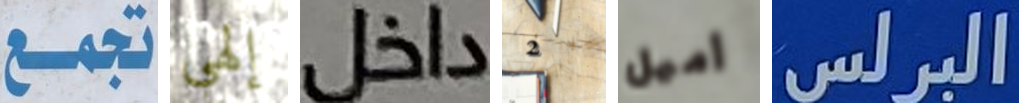
تجمع إلهي داخل 2 أميل البرلس